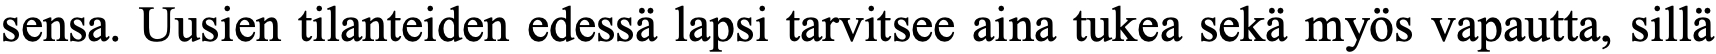
sensa. Uusien tilanteiden edessä lapsi tarvitsee aina tukea sekä myös vapautta, sillä